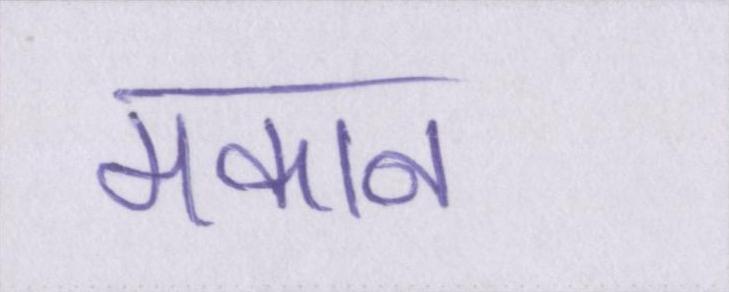
मकान